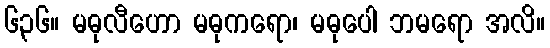
၆၃၆။ မဓုလီဟော မဓုကရော၊ မဓုပေါ ဘမရော အလိ။